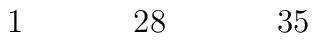
\begin{array}{ccccccccccccccccc}1&&&&28&&&&35&&&&&&&&\\\end{array}